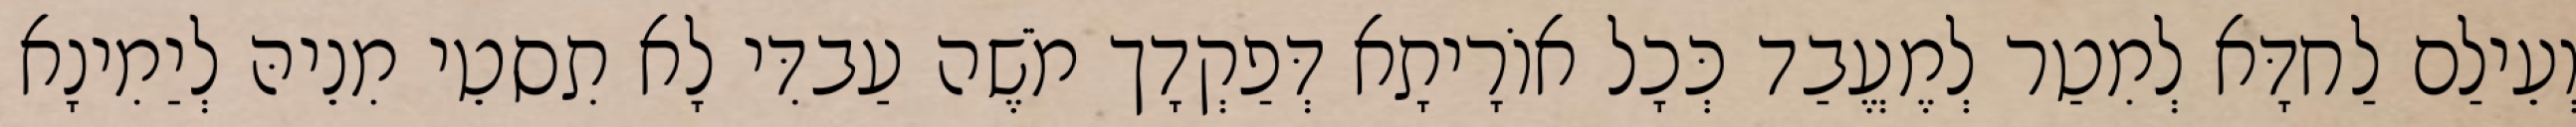
וְעֵילַם לַחדָּא לְמִטַר לְמֶעֱבַד כְּכָל אוֹרָיתָא דְּפַקְדָך מֹשֶׁה עַבדִּי לָא תִסטֵי מִנֵיהּ לְיַמִינָא